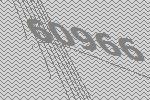
60966